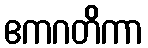
ဧကဂတိကာ